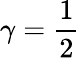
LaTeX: \gamma=\frac 12